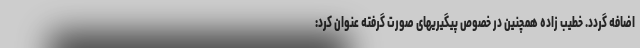
اضافه گردد. خطیب زاده همچنین در خصوص پیگیریهای صورت گرفته عنوان کرد: